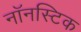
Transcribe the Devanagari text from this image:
नॉनस्टिक